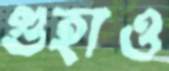
গুহাও